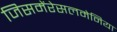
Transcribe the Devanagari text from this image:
जिसमेंरेसलमेनिया